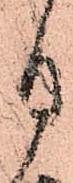
月